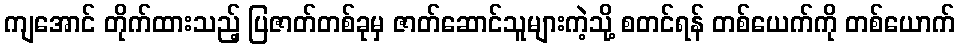
ကျအောင် တိုက်ထားသည့် ပြဇာတ်တစ်ခုမှ ဇာတ်ဆောင်သူများကဲ့သို့ စတင်ရန် တစ်ယေက်ကို တစ်ယောက်